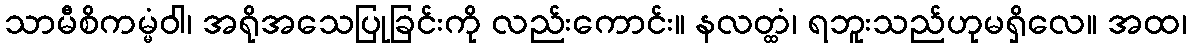
သာမီစိကမ္မံဝါ၊ အရိုအသေပြုခြင်းကို လည်းကောင်း။ နလတ္ထံ၊ ရဘူးသည်ဟုမရှိလေ။ အထ၊